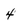
Character: 4